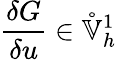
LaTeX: \frac{\delta G}{\delta u}\in\mathring{\mathbb{V}}_{h}^{1}